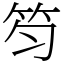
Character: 笉